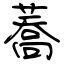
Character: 蕎